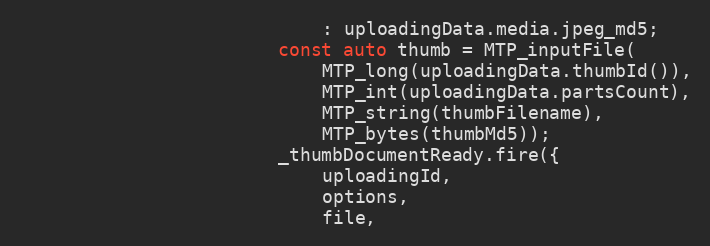
Language: C++
							: uploadingData.media.jpeg_md5;
						const auto thumb = MTP_inputFile(
							MTP_long(uploadingData.thumbId()),
							MTP_int(uploadingData.partsCount),
							MTP_string(thumbFilename),
							MTP_bytes(thumbMd5));
						_thumbDocumentReady.fire({
							uploadingId,
							options,
							file,